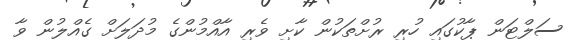
ސަލްޓަން ޕާކުގައި ހުރި ރުށްތަކުން ކާށި ވެރި އާއްމުންގެ މުދަލަށް ގެއްލުން ވާ